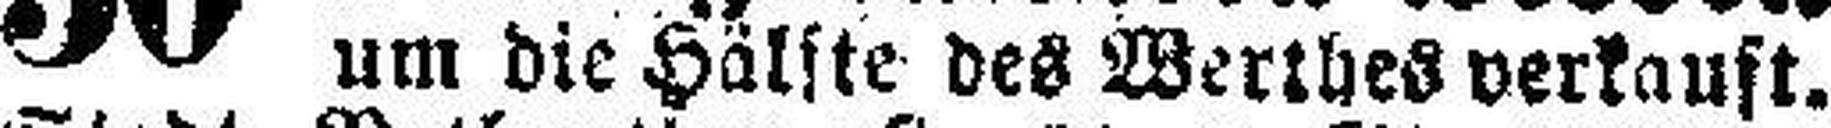
um die Hälfte des Werthes verkauft.